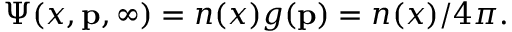
\Psi ( x , \mathbf { p } , \infty ) = n ( x ) g ( \mathbf { p } ) = n ( x ) / 4 \pi .